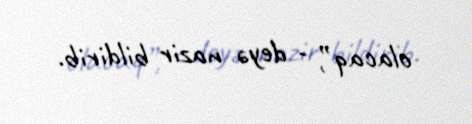
olacaq”, - deyə nazir bildirib.